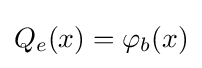
Q_{e}(x)=\varphi _{b}(x)